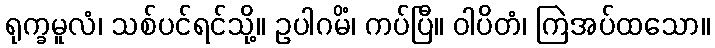
ရုက္ခမူလံ၊ သစ်ပင်ရင်သို့။ ဥပါဂမိံ၊ ကပ်ပြီ။ ဝါပိတံ၊ ကြဲအပ်ထသော။